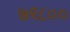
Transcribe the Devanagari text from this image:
७९८००